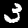
Digit: 3